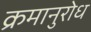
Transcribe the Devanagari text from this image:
क्रमानुरोध